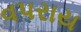
વપરાય